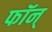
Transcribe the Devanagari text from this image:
फॉन्